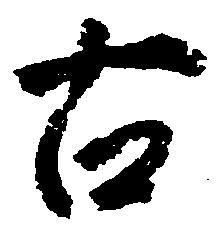
古